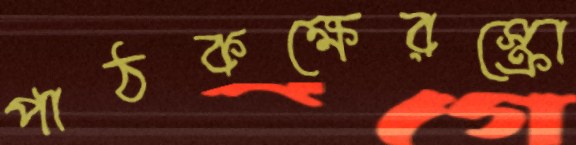
পাঠকক্ষেরস্ক্রো